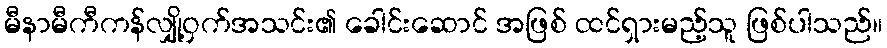
မီနာမီကီကန်လျှို့ဝှက်အသင်း၏ ခေါင်းဆောင် အဖြစ် ထင်ရှားမည့်သူ ဖြစ်ပါသည်။